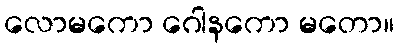
လောမကော ဂေါနကော မတော။